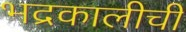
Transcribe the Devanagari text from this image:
भद्रकालीची